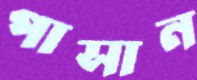
পাসান